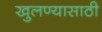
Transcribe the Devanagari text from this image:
खुलण्यासाठी